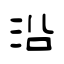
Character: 沿